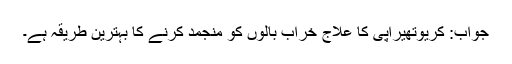
جواب: کریوتھیراپی کا علاج خراب بالوں کو منجمد کرنے کا بہترین طریقہ ہے۔